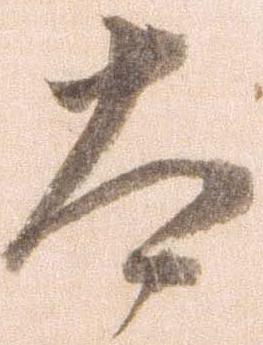
太